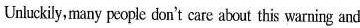
Unluckily,many people don't care about this warning and